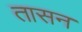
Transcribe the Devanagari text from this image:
तासन